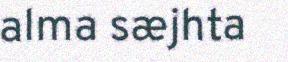
alma sæjhta